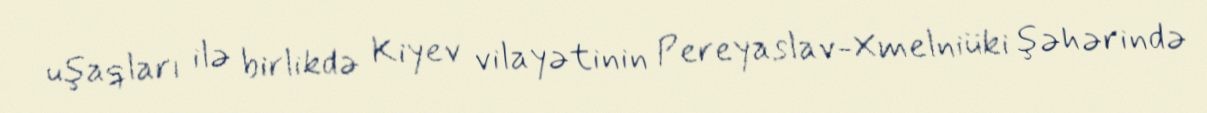
uşaqları ilə birlikdə Kiyev vilayətinin Pereyaslav-Xmelniüki şəhərində